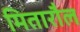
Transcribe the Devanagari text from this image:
मितारौल